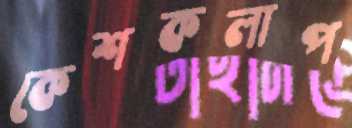
কেশকলাপ